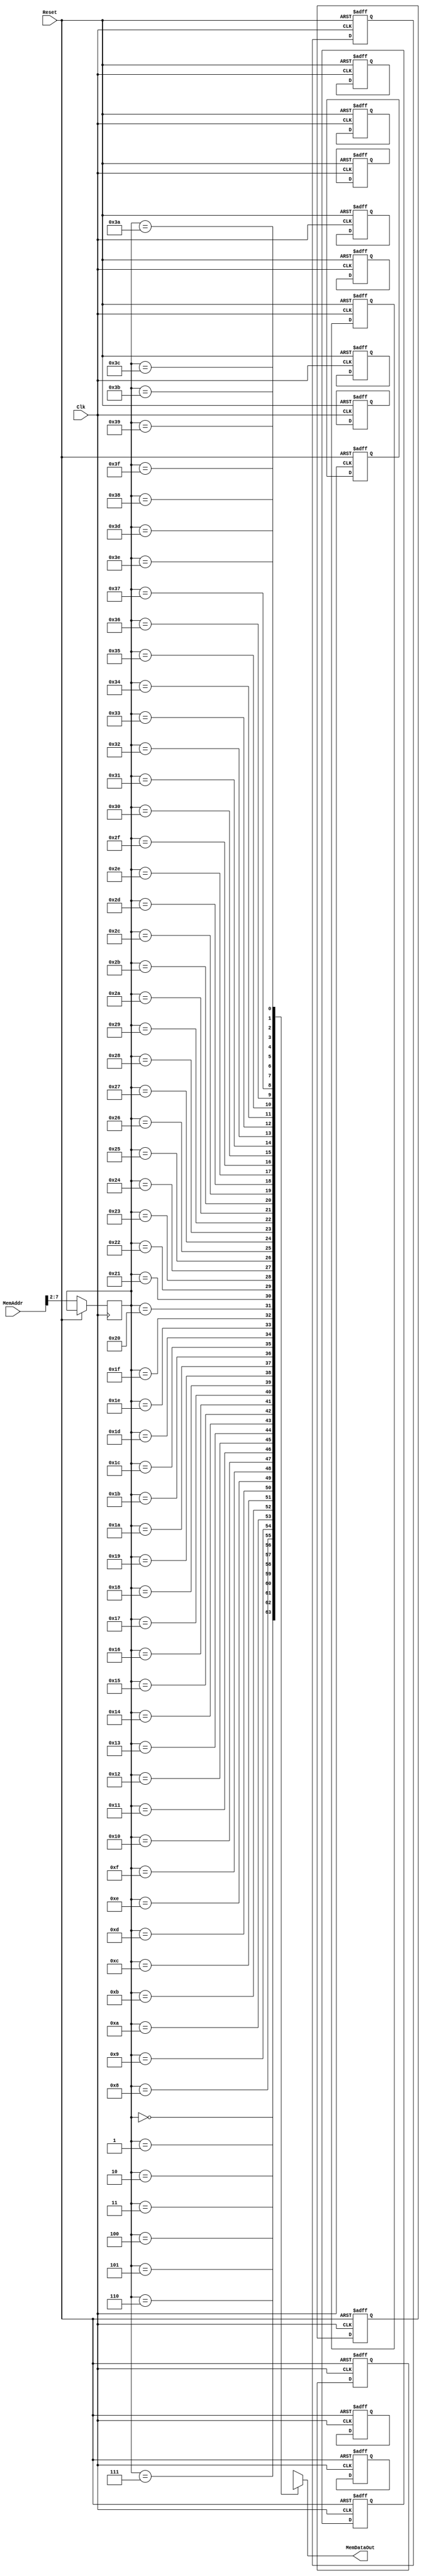
module InstMemory
(
		input										Reset,
		input 									Clk,
		input					[31:0]		MemAddr,
		output	wire		[31:0]		MemDataOut
    );
		reg				[31:0]		Memory[0:63];
		reg 			[5:0]			Addr;
	assign		MemDataOut	=	Memory[Addr];
	always @ ( posedge Reset or posedge Clk )
		begin
			if ( Reset )
				begin
					Memory[0]			<=		{6'd8, 5'd29, 5'd29, -16'd8};              
					Memory[1]			<=		{6'd0, 5'd4, 5'd5, 5'd8, 5'd0, 6'd42};     
					Memory[2]			<=		{6'd43, 5'd29, 5'd31, 16'd4};              
					Memory[3]			<=		{6'd43, 5'd29, 5'd4, 16'd0};               
					Memory[4]      <=    {6'd4, 5'd8, 5'd0, 16'd3};                 
					Memory[5]      <=    {6'd8, 5'd0, 5'd2, 16'd0};                 
					Memory[6]      <=    {6'd8, 5'd29, 5'd29, 16'd8};               
					Memory[7]      <=    {6'd0, 5'd31, 5'd0, 5'd0, 5'd0, 6'd8};     
					Memory[8]      <=    {6'd8, 5'd4, 5'd4, -16'd1};                
					Memory[9]      <=    {6'd3, 26'd0};                             
					Memory[10]     <=    {6'd35, 5'd29, 5'd4, 16'd0};               
					Memory[11]     <=    {6'd35, 5'd29, 5'd31, 16'd4};              
					Memory[12]     <=    {6'd8, 5'd29, 5'd29, 16'd8};               
					Memory[13]     <=    {6'd0, 5'd4, 5'd2, 5'd2, 5'd0, 6'd32};     
					Memory[14]     <=    {6'd0, 5'd31, 5'd0, 5'd0, 5'd0, 6'd8};     
				end
			else
				Addr	<=		MemAddr[7:2];
		end
endmodule